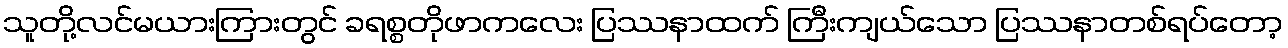
သူတို့လင်မယားကြားတွင် ခရစ္စတိုဖာကလေး ပြဿနာထက် ကြီးကျယ်သော ပြဿနာတစ်ရပ်တော့